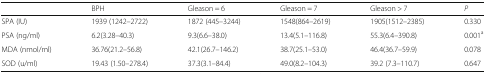
|  | BPH | Gleason = 6 | Gleason = 7 | Gleason > 7 | P |
 | --- | --- | --- | --- | --- | --- |
 | SPA (IU) | 1939 (1242–2722) | 1872 (445–3244) | 1548(864–2619) | 1905(1512–2385) | 0.330 |
 | PSA (ng/ml) | 6.2(3.28–40.3) | 9.3(6.6–38.0) | 13.4(5.1–116.8) | 55.3(6.4–390.8) | 0.001a |
 | MDA (nmol/ml) | 36.76(21.2–56.8) | 42.1(26.7–146.2) | 38.7(25.1–53.0) | 46.4(36.7–59.9) | 0.078 |
 | SOD (u/ml) | 19.43 (1.50–278.4) | 37.3(3.1–84.4) | 49.0(8.2–104.3) | 39.2 (7.3–110.7) | 0.647 |